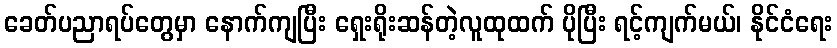
ခေတ်ပညာရပ်တွေမှာ နောက်ကျပြီး ရှေးရိုးဆန်တဲ့လူထုထက် ပိုပြီး ရင့်ကျက်မယ်၊ နိုင်ငံရေး